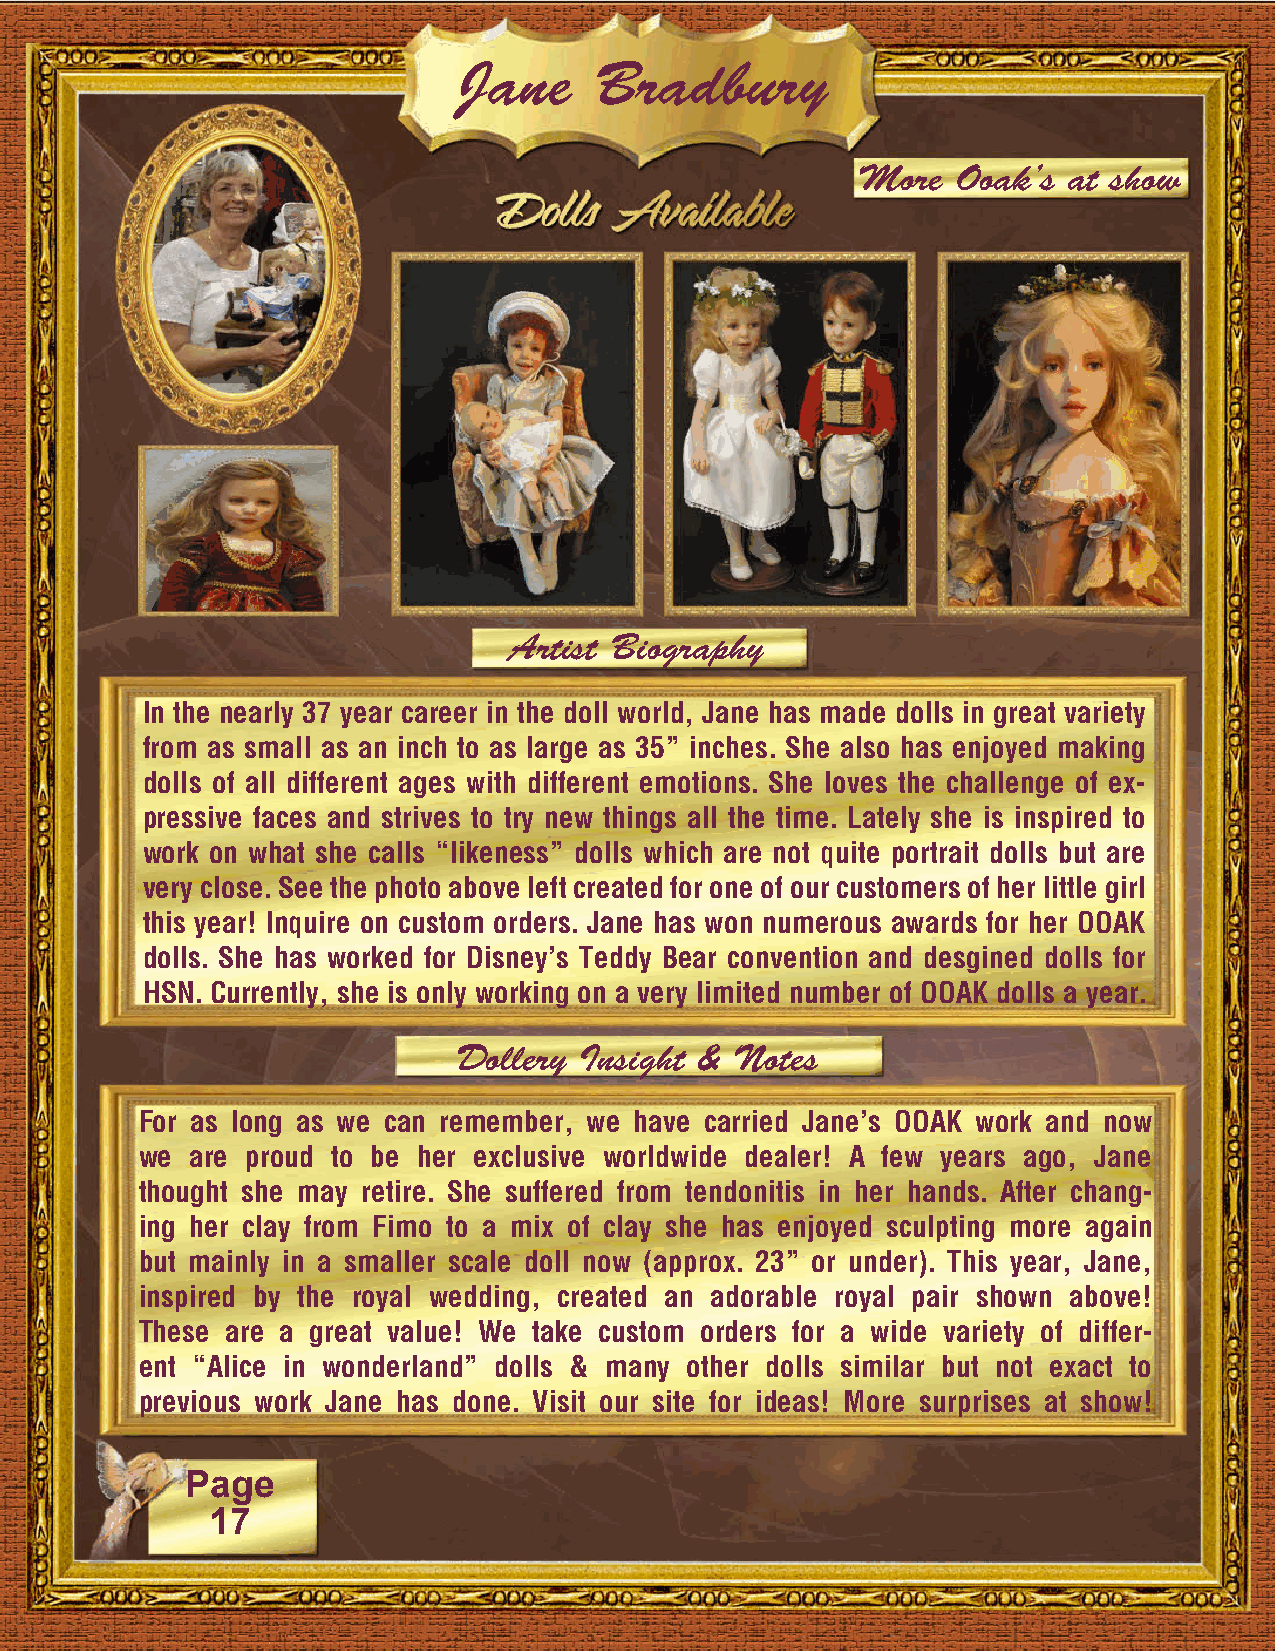
Jane     Bradbury
 More  Ooak’s  at show
 Artist Biography
 In the nearly 37 year career in the doll world, Jane has made dolls in great variety
 from as small as an inch to as large as 35” inches. She also has enjoyed making
 dolls of all different ages with different emotions. She loves the challenge of ex-
 pressive faces and strives to try new things all the time. Lately she is inspired to
 work on what she calls “likeness” dolls which are not quite portrait dolls but are
 very close. See the photo above left created for one of our customers of her little girl
 this year! Inquire on custom orders. Jane has won numerous awards for her OOAK
 dolls. She has worked for Disney’s Teddy Bear convention and desgined dolls for
 HSN. Currently, she is only working on a very limited number of OOAK dolls a year.
 Dollery Insight &  Notes
 For as long as we can remember, we have carried Jane’s OOAK work and now
 we  are proud to be her exclusive worldwide dealer! A few years ago, Jane
 thought she may retire. She suffered from tendonitis in her hands. After chang-
 ing her clay from Fimo to a mix of clay she has enjoyed sculpting more again
 but mainly in a smaller scale doll now (approx. 23” or under). This year, Jane,
 inspired by the royal wedding, created an adorable royal pair shown above!
 These are a great value! We take custom orders for a wide variety of differ-
 ent “Alice in wonderland” dolls & many other dolls similar but not exact to
 previous work Jane has done. Visit our site for ideas! More surprises at show!
 Page
 17